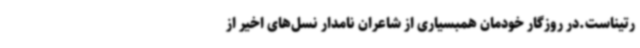
رتیناست.در روزگار خودمان همبسیاری از شاعران نامدار نسل‌های اخیر از